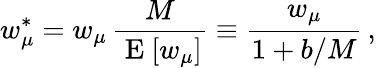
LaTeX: w_{\mu}^{\ast}=w_{\mu}\, \frac{M}{\mathrm{~E~}[w_{\mu}]}\equiv\frac{w_{\mu}}{1+b/M}\, ,